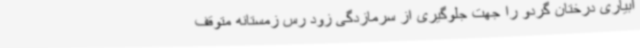
آبیاری درختان گردو را جهت جلوگیری از سرمازدگی زود رس زمستانه متوقف